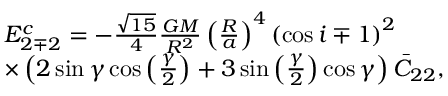
\begin{array} { r l } & { E _ { 2 \mp 2 } ^ { c } = - \frac { \sqrt { 1 5 } } { 4 } \frac { G M } { R ^ { 2 } } \left( \frac { R } { a } \right) ^ { 4 } \left( \cos i \mp 1 \right) ^ { 2 } } \\ & { \times \left( 2 \sin \gamma \cos \left( \frac { \gamma } { 2 } \right) + 3 \sin \left( \frac { \gamma } { 2 } \right) \cos \gamma \right) \bar { C } _ { 2 2 } , } \end{array}